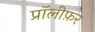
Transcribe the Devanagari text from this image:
प्रॉलीफ़र